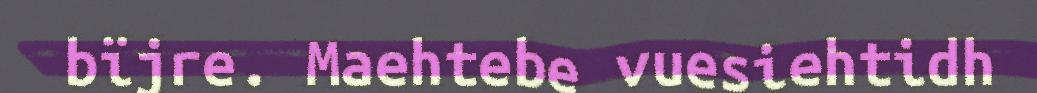
bïjre. Maehtebe vuesiehtidh